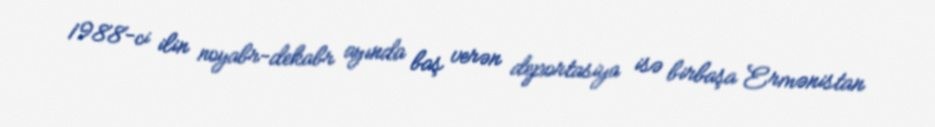
1988-ci ilin noyabr-dekabr ayında baş verən deportasiya isə birbaşa Ermənistan